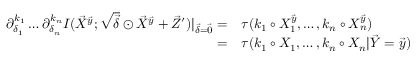
\begin{array} { r l } { \partial _ { \delta _ { 1 } } ^ { k _ { 1 } } \dots \partial _ { \delta _ { n } } ^ { k _ { n } } I ( \vec { X } ^ { \vec { y } } ; \sqrt { \vec { \delta } } \odot \vec { X } ^ { \vec { y } } + \vec { Z } ^ { \prime } ) | _ { \vec { \delta } = \vec { 0 } } = } & { \tau ( k _ { 1 } \circ X _ { 1 } ^ { \vec { y } } , \dots , k _ { n } \circ X _ { n } ^ { \vec { y } } ) } \\ { = } & { \tau ( k _ { 1 } \circ X _ { 1 } , \dots , k _ { n } \circ X _ { n } | \vec { Y } = \vec { y } ) } \end{array}